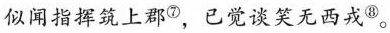
似闻指挥筑上郡^{⑦}，已觉谈笑无西戎^{⑧}。